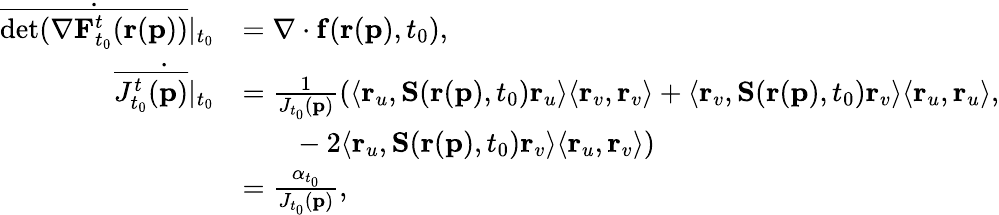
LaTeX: \begin{array}{rl}{\dot{\overline{{\mathrm{det}(\mathbf{\nabla}\mathbf{F}_{t_{0}}^{t}(\mathbf{r}(\mathbf{p}))}}}\vert_{t_{0}}}&{=\mathbf{\nabla}\cdot\mathbf{f}(\mathbf{r}(\mathbf{p}),t_{0}),}\\ {\dot{\overline{{J_{t_{0}}^{t}(\mathbf{p})}}\vert_{t_{0}}}}&{=\frac{1}{J_{t_{0}}(\mathbf{p})}(\langle\mathbf{r}_{u},\mathbf{S}(\mathbf{r}(\mathbf{p}),t_{0})\mathbf{r}_{u}\rangle\langle\mathbf{r}_{v},\mathbf{r}_{v}\rangle+\langle\mathbf{r}_{v},\mathbf{S}(\mathbf{r}(\mathbf{p}),t_{0})\mathbf{r}_{v}\rangle\langle\mathbf{r}_{u},\mathbf{r}_{u}\rangle,}\\ &{\quad\ \ \ -2\langle\mathbf{r}_{u},\mathbf{S}(\mathbf{r}(\mathbf{p}),t_{0})\mathbf{r}_{v}\rangle\langle\mathbf{r}_{u},\mathbf{r}_{v}\rangle)}\\ &{=\frac{\alpha_{t_{0}}}{J_{t_{0}}(\mathbf{p})},}\end{array}